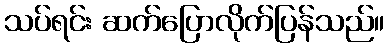
သပ်ရင်း ဆက်ပြောလိုက်ပြန်သည်။